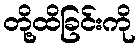
တို့ထိခြင်းကို